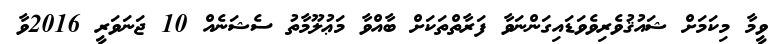
ވީމާ މިކަމަށް ޝައުޤުވެރިވެވަޑައިގަންނަވާ ފަރާތްތަކަށް ބާއްވާ މަޢުލޫމާތު ސެޝަނެއް 10 ޖަނަވަރީ 2016ވާ